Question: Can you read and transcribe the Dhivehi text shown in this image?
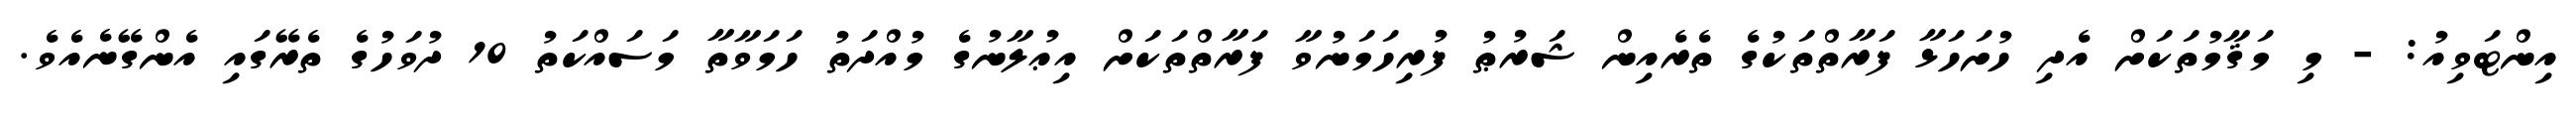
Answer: އިންޓަވިއު: - މި މަޤާމުތަކަށް އެދި ހުށަހަޅާ ފަރާތްތަކުގެ ތެރެއިން ޝަރުޠު ފުރިހަމަނުވާ ފަރާތްތަކަށް އިޢުލާނުގެ މުއްދަތު ހަމަވާތާ މަސައްކަތު 10 ދުވަހުގެ ތެރޭގައި އެންގޭނެއެވެ.